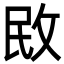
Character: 敃